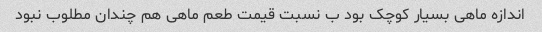
اندازه ماهی بسیار کوچک بود ب نسبت قیمت طعم ماهی هم چندان مطلوب نبود